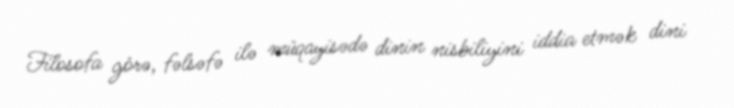
Filosofa görə, fəlsəfə ilə müqayisədə dinin nisbiliyini iddia etmək dini